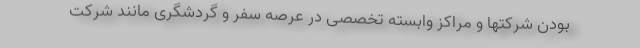
بودن شرکتها و مراکز وابسته تخصصی در عرصه سفر و گردشگری مانند شرکت